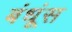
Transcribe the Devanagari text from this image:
बंधूंस